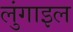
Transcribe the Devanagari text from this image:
लुंगाइल